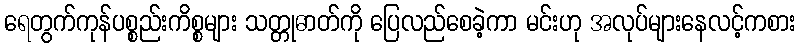
ရေတွက်ကုန်ပစ္စည်းကိစ္စများ သတ္တုဓာတ်ကို ပြေလည်စေခဲ့ကာ မင်းဟု အလုပ်များနေလင့်ကစား